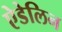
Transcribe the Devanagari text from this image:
ऐडेलिन